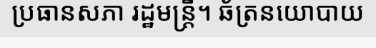
ប្រធានសភា រដ្ឋមន្ត្រី។ ឆ័ត្រនយោបាយ